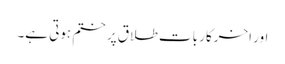
اور اخرکار بات طلاق پر ختم ہوتی ہے۔